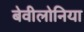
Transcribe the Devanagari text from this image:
बेवीलोनिया